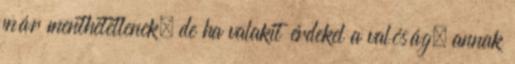
már menthetetlenek, de ha valakit érdekel a valóság, annak